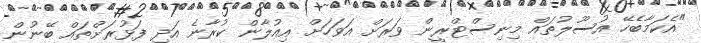
"އެކަމާބެހޭ އުސޫލުތައް މިނިސްޓްރީން ވަރަށް އަވަހަށް އިއުލާން ކުރާނެ އަދި ފަޅުރަށްތައް ބޭނުން